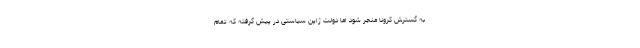
به گسترش کرونا منجر شود اما دولت ژاپن سیاستی در پیش گرفته که تمام